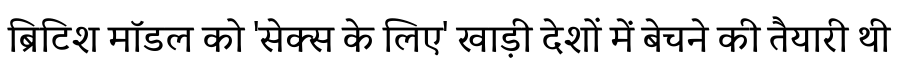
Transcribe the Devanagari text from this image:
ब्रिटिश मॉडल को 'सेक्स के लिए' खाड़ी देशों में बेचने की तैयारी थी